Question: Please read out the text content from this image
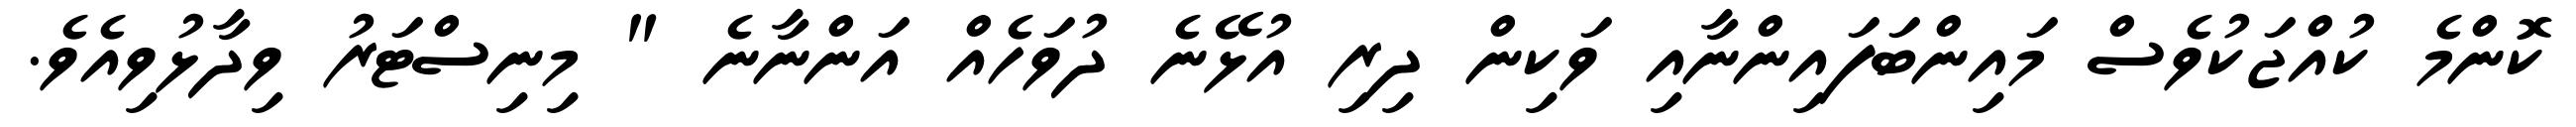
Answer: ކޮންމެ ކުއްޖަކުވެސް މައިންބަފައިންނާއި ވަކިން ދިރި އުޅޭނެ ދުވަހެއް އަންނާނެ " މިނިސްޓަރު ވިދާޅުވިއެވެ.